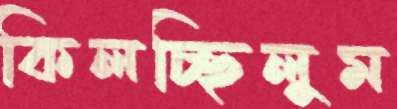
কিলচ্ছিলুম